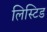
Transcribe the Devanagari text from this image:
लिस्टिड